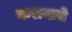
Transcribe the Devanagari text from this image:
करायाचे